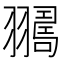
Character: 𦒛